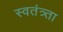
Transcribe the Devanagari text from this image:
स्वतंत्र्ता